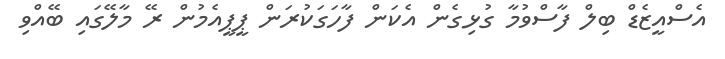
އެސްއީޒެޑް ބިލް ފާސްވުމާ ގުޅިގެން އެކަން ފާހަގަކުރަން ޕީޕީއެމުން ރޭ މާލޭގައި ބޭއްވި